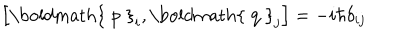
\left[ { \mathrm { \boldmath { ~ p ~ } } } _ { i } , { \mathrm { \boldmath { ~ q ~ } } } _ { j } \right] = - i \hbar \delta _ { i j }